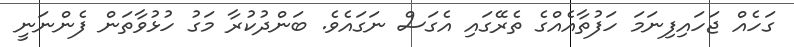
ގަހެއް ޖަހައިފިނަމަ ހަފުތާއެއްގެ ތެރޭގައި އެގަސް ނަގައެވެ. ބަންދުކުރާ މަގު ހުޅުވާތަން ފެންނަނީ